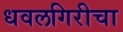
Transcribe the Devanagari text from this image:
धवलगिरीचा